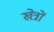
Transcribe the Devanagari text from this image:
खेत्रों